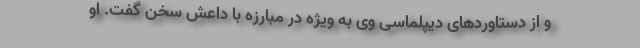
و از دستاوردهای دیپلماسی وی به ویژه در مبارزه با داعش سخن گفت. او